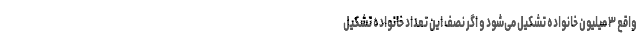
واقع ۳ میلیون خانواده تشکیل می‌شود و اگر نصف این تعداد خانواده تشکیل